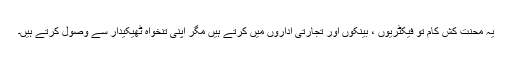
یہ محنت کش کام تو فیکٹریوں ، بینکوں اور تجارتی اداروں میں کرتے ہیں مگر اپنی تنخواہ ٹھیکیدار سے وصول کرتے ہیں۔